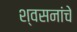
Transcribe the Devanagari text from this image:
श्वसनांचे